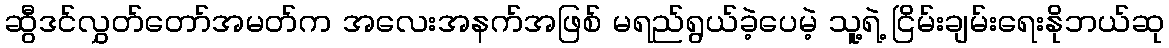
ဆွီဒင်လွှတ်တော်အမတ်က အလေးအနက်အဖြစ် မရည်ရွယ်ခဲ့ပေမဲ့ သူ့ရဲ့ ငြိမ်းချမ်းရေးနိုဘယ်ဆု